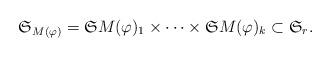
LaTeX: \begin{align*}\mathfrak S_{M(\varphi)}=\mathfrak SM(\varphi)_1 \times\dots \times \mathfrak SM(\varphi)_k \subset \mathfrak S_r.\end{align*}